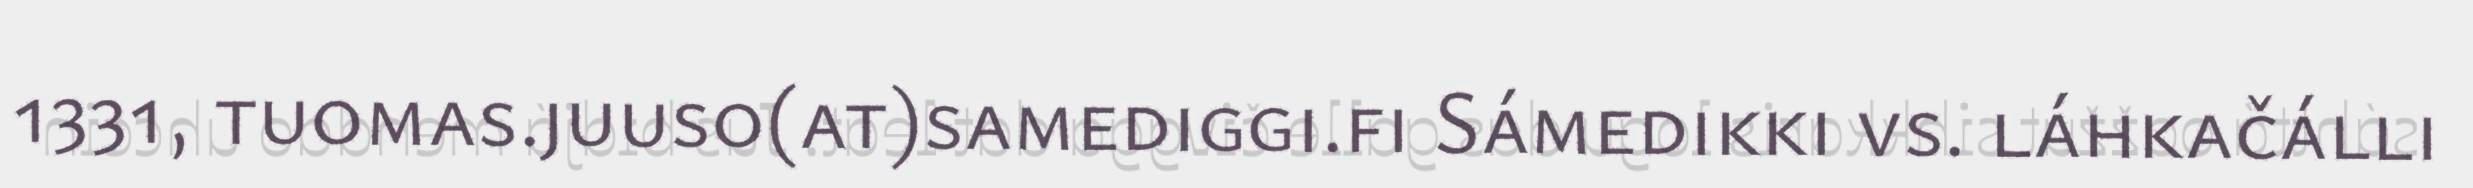
1331, tuomas.juuso(at)samediggi.fi Sámedikki vs. láhkačálli